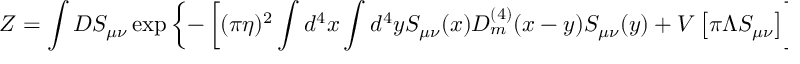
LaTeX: { \cal Z } = \int D S _ { \mu \nu } \exp \left\{ - \left[ ( \pi \eta ) ^ { 2 } \int d ^ { 4 } x \int d ^ { 4 } y S _ { \mu \nu } ( x ) D _ { m } ^ { ( 4 ) } ( x - y ) S _ { \mu \nu } ( y ) + V \left[ \pi \Lambda S _ { \mu \nu } \right] \right] \right\}